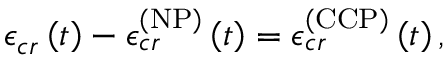
\mathcal { \epsilon } _ { c r } \left( t \right) - \mathcal { \epsilon } _ { c r } ^ { \left( \mathrm { N P } \right) } \left( t \right) = \mathcal { \epsilon } _ { c r } ^ { \left( \mathrm { C C P } \right) } \left( t \right) ,